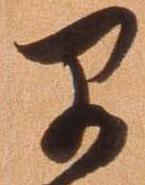
早